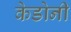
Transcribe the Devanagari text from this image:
केडोनी